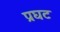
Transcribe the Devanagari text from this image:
प्रघट